Report on the lunatic asylums in Bengal - 1862-
Year: 1862
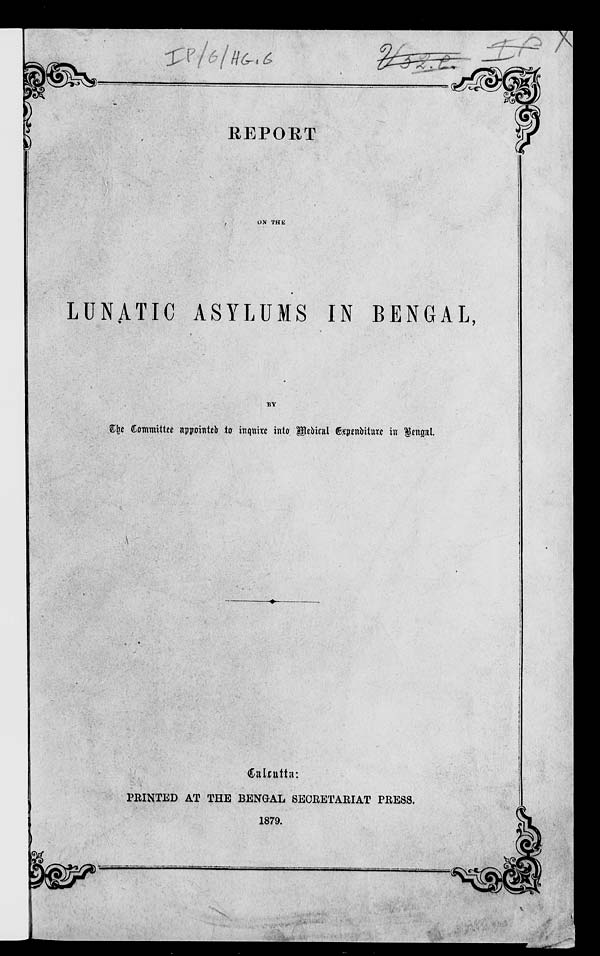
REPORT
ON THE
LUNATIC ASYLUMS IN BENGAL,
BY
The Committee appointed to inquire into Medical Expenditure in Bengal.
Calcutta:
PRINTED AT THE BENGAL SECRETARIAT PRESS.
1879.